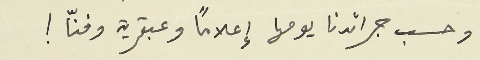
وحسب جرائدنا يومها إعلاماً وعبقرية وفنّا !